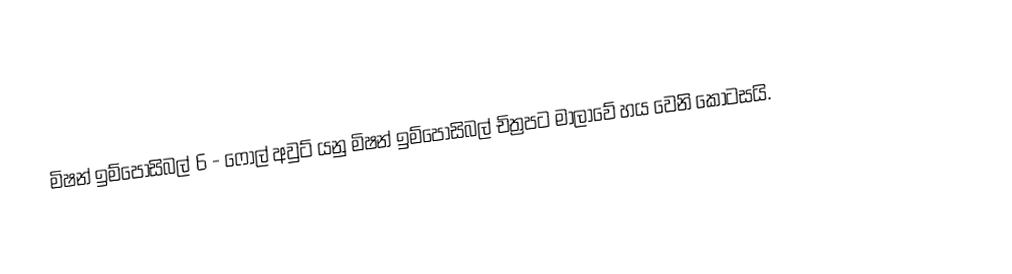
මිෂන් ඉම්පොසිබල් 6 - ෆෝල් අවුට් යනු මිෂන් ඉම්පොසිබල් චිත්‍රපට මාලාවේ හය වෙනි කොටසයි.